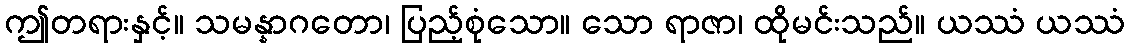
ဤတရားနှင့်။ သမန္နာဂတော၊ ပြည့်စုံသော။ သော ရာဇာ၊ ထိုမင်းသည်။ ယဿံ ယဿံ